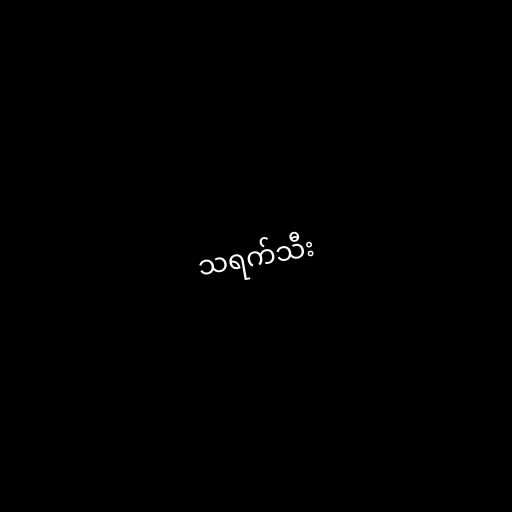
သရက်သီး